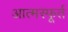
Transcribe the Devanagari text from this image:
आत्मस्फूर्त